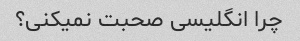
چرا انگلیسی صحبت نمیکنی؟